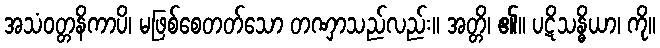
အသံဝတ္တနိကာပိ၊ မဖြစ်စေတတ်သော တဏှာသည်လည်း။ အတ္တိ၊ ၏။ ပဋိသန္ဓိယာ၊ ကို။